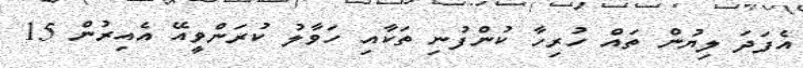
އެފަދަ ލިޔުން ތައް ހުރިހާ ކުންފުނި ތަކާއި ހަވާލު ކުރަންވީއޭ އެއިރުން 15